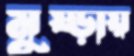
মুষ্‌ড়ায়